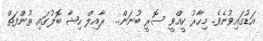
އަޑުގައިވުނެވެ. މިހާރު ކީއްވީ ސޮރީ ބުނަން..  ރާއިލް ހިޝާ ބޮލުގައި ތުންފަތް